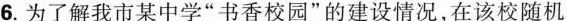
6.为了解我市某中学”书香校园”的建设情况，在该校随机